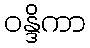
ဝန္ဒိကာ